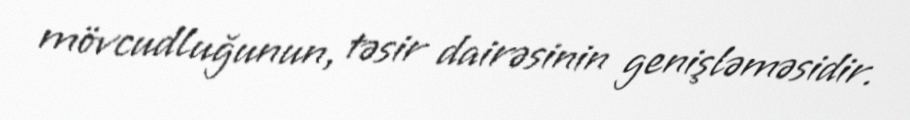
mövcudluğunun, təsir dairəsinin genişləməsidir.